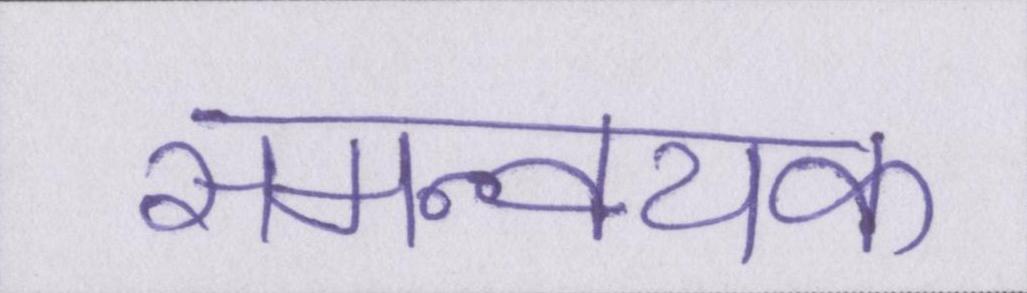
समन्वयक